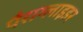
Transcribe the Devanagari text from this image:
पैराग्लाइडर